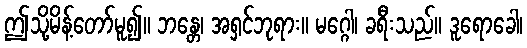
ဤသို့မိန့်တော်မူ၍။ ဘန္တေ၊ အရှင်ဘုရား။ မဂ္ဂေါ၊ ခရီးသည်။ ဒူရောခေါ၊